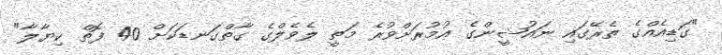
"ގަޑިއެއްގެ ތެރޭގައި ނައުޝީންގެ އުމުރަށްވުރެ މަތީ ލެވެލްގެ ގާތްގަނޑަކަށް 40 ފޮތް ކިޔާލާ"